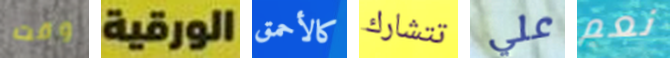
وقت الورقية كالأحمق تتشارك علي نعم